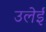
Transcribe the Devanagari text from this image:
उलेई